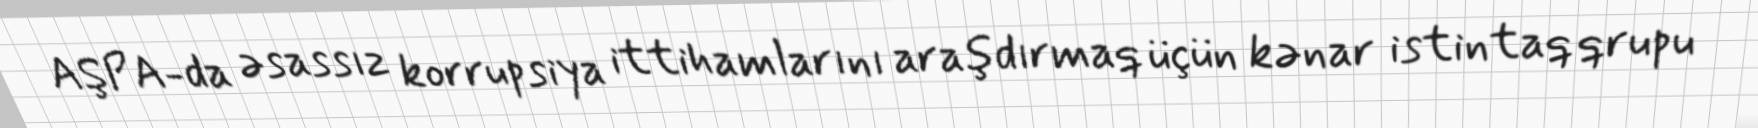
AŞPA-da əsassız korrupsiya ittihamlarını araşdırmaq üçün kənar istintaq qrupu